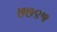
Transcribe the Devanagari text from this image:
७७९५